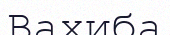
Вахиба